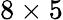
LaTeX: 8\times 5